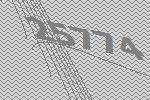
25774